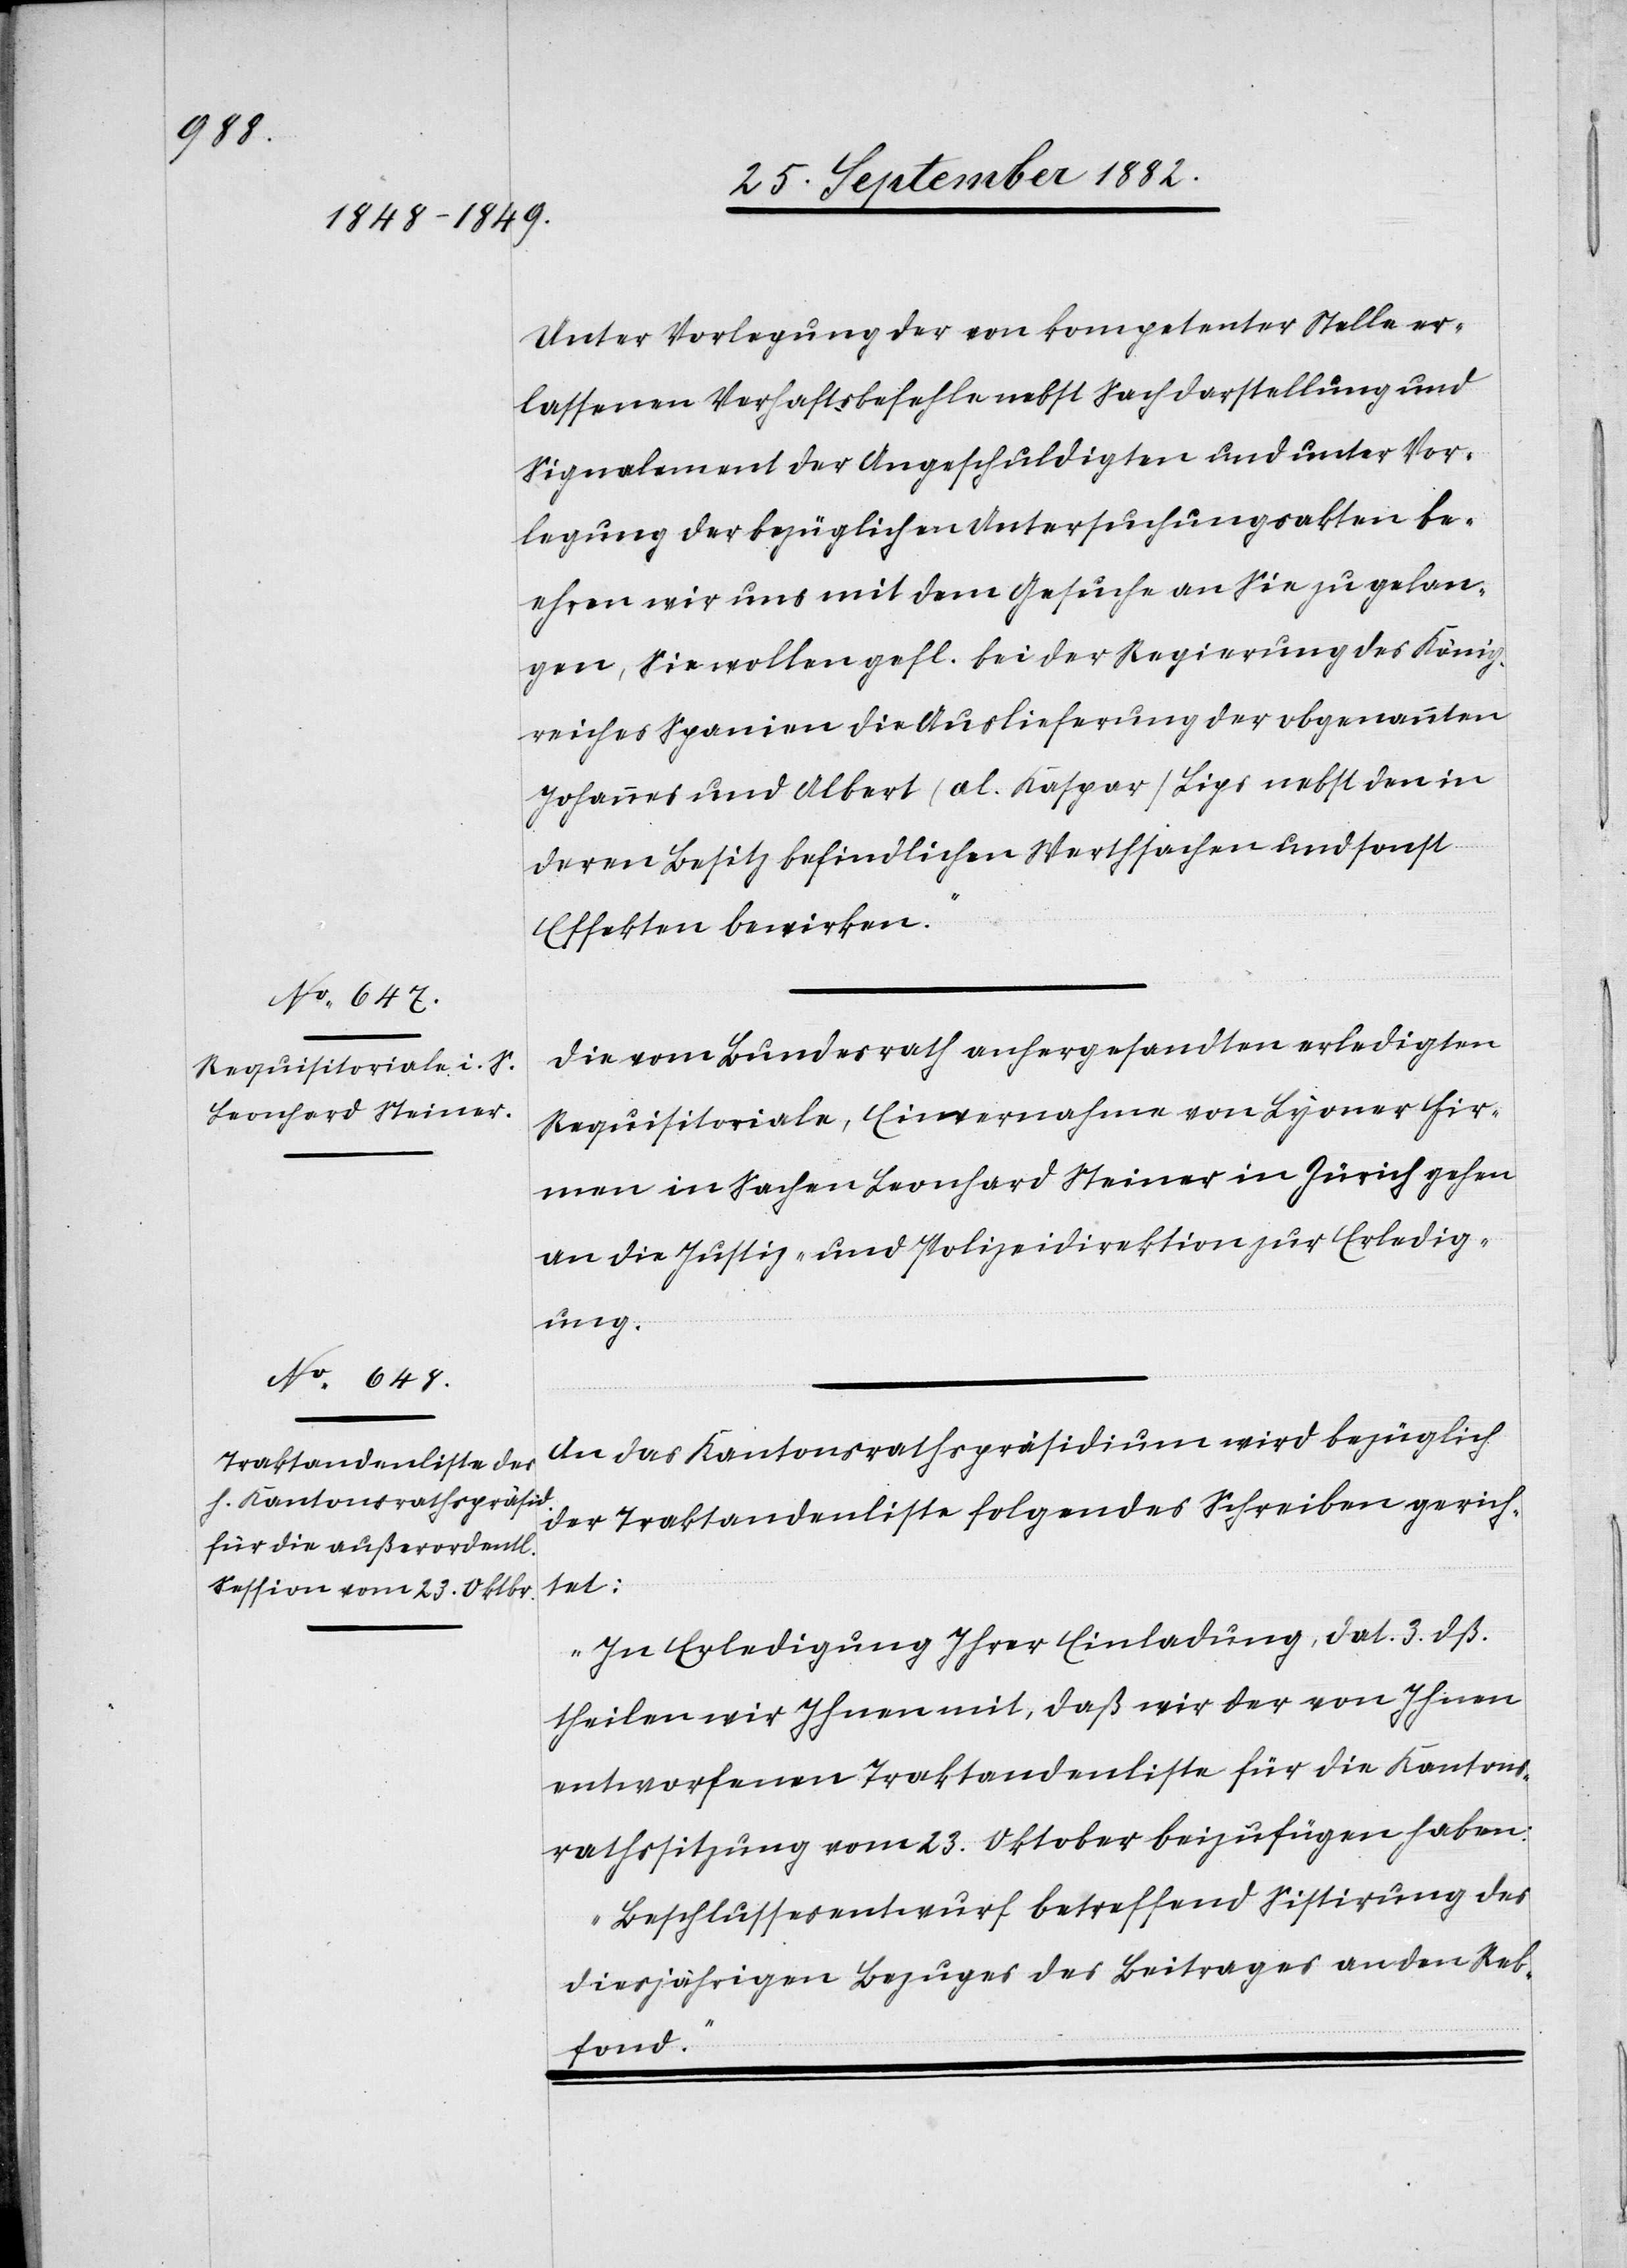
Unter Vorlegung der von kompetenter Stelle er¬
lassenen Verhaftsbefehle nebst Sachdarstellung und
Signalement der Angeschuldigten und unter Vor¬
legung der bezüglichen Untersuchungsakten be¬
ehren wir uns mit dem Gesuche an Sie zu gelan¬
gen, Sie wollen gefl. bei der Regierung des König¬
reiches Spanien die Auslieferung der obgenannten
Johannes und Albert (al. Kaspar) Lips nebst den in
deren Besitz befindlichen Wertschriften und sonst
Effekten bewirken.“
Die vom Bundesrath anhergesandten erledigten
Requisitoriale, Einvernahme von Lyoner Fir¬
men in Sachen Leonhard Steiner in Zürich gehen
an die Justiz- & Polizeidirektion zur Erledig¬
ung.
An das Kantonsrathspräsidium wird bezüglich
der Traktandenliste folgendes Schreiben gerich¬
tet:
„In Erledigung Ihrer Einladung, dat. 3. dß.
theilen wir Ihnen mit, daß wir der von Ihnen
entworfenen Traktandenliste für die Kantons¬
rathssitzung vom 23. Oktober beizufügen haben:
Beschlussesentwurf betreffend Sistirung des
diesjährigen Bezuges des Beitrages an den Reb¬
fond.“